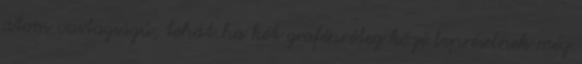
atom vastagságú, tehát ha két grafénréteg közé bepréselnek még